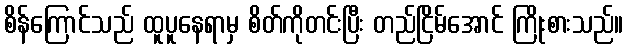
စိန်ကြောင်သည် ထူပူနေရာမှ စိတ်ကိုတင်းပြီး တည်ငြိမ်အောင် ကြိုးစားသည်။